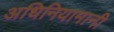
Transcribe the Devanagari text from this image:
अधिनियामानी